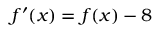
f ^ { \prime } ( x ) = f ( x ) - 8